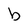
Character: b